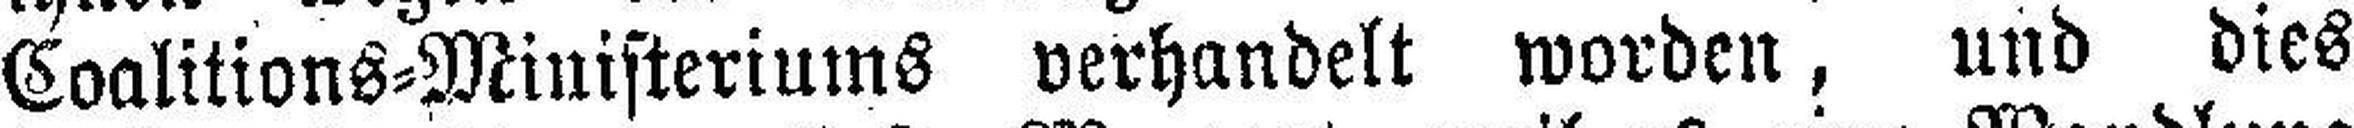
Coalitions=Ministeriums verhandelt worden, und dies